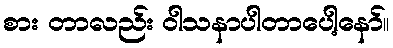
စား တာလည်း ဝါသနာပါတာပေါ့နော်။